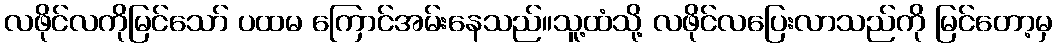
လဖိုင်လကိုမြင်သော် ပထမ ကြောင်အမ်းနေသည်။သူ့ထံသို့ လဖိုင်လပြေးလာသည်ကို မြင်တော့မှ